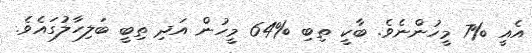
އެއީ %7 މީހުންނެވެ. ބާކީ ތިބި %64 މީހުން އަދި ތިބީ ބަލިހާލުގައެވެ.